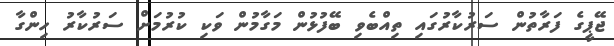
ޖޭޕީގެ ފަރާތުން ސަރުކާރުގައި ތިއްބެވި ބޭފުޅުން މަގާމުން ވަކި ކުރުމަށް ސަރުކާރު ހިންގާ